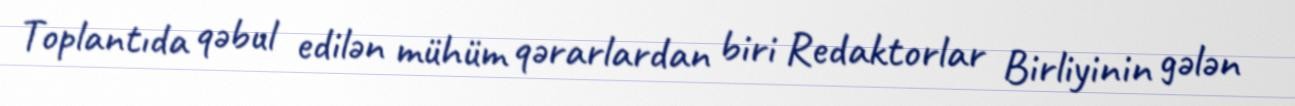
Toplantıda qəbul edilən mühüm qərarlardan biri Redaktorlar Birliyinin gələn